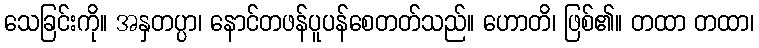
သေခြင်းကို။ အနှတပ္ပာ၊ နောင်တဖန်ပူပန်စေတတ်သည်။ ဟောတိ၊ ဖြစ်၏။ တထာ တထာ၊